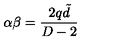
\alpha \beta = \frac { 2 q \tilde { d } } { D - 2 }